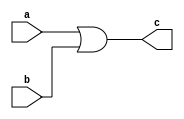
module or_gate (a, b, c);// module module_name(input, output)
    input a, b;
    output c;
    or or1(c, a, b);
endmodule